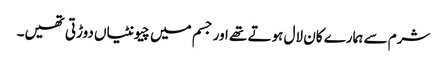
شرم سے ہمارے کان لال ہوتے تھے اور جسم میں چیونٹیاں دوڑتی تھیں۔